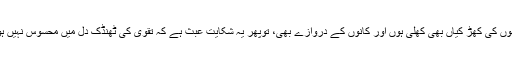
آنکھوں کی کھڑ کیاں بھی کھلی ہوں اور کانوں کے دروازے بھی، توپھر یہ شکایت عبث ہے کہ تقوٰی کی ٹھنڈک دل میں محسوس نہیں ہوتی۔